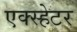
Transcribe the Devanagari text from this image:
एक्स्हेटर